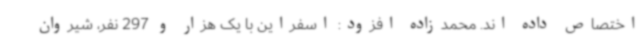
اختصاص داده اند. محمدزاده افزود: اسفراین با یک هزار و 297 نفر، شیروان